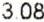
3.08